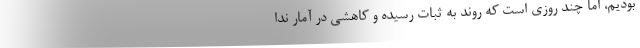
بودیم، اما چند روزی است که روند به ثبات رسیده و کاهشی در آمار ندا